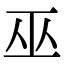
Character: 巫